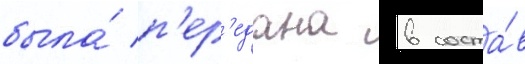
была́ п'ер'едана в соста́в